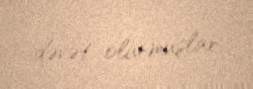
dəvət olunmuşlar.